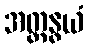
အတ္ထနွယံ